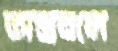
অস্ত্রবলে